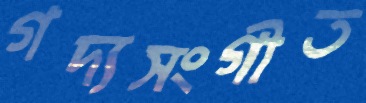
গদ্যসংগীত